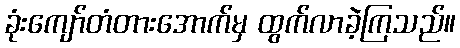
ခုံးကျော်တံတားအောက်မှ ထွက်လာခဲ့ကြသည်။